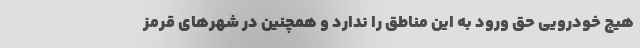
هیچ خودرویی حق ورود به این مناطق را ندارد و همچنین در شهر‌های قرمز